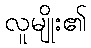
လူမျိုး၏